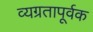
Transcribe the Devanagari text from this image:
व्यग्रतापूर्वक